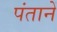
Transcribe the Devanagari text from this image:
पंतानें